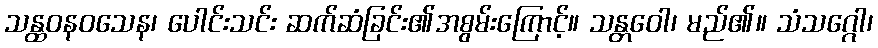
သန္ထဝနဝသေန၊ ပေါင်းသင်း ဆက်ဆံခြင်း၏အစွမ်းကြောင့်။ သန္တဝေါ၊ မည်၏။ သံသဂ္ဂေါ၊